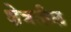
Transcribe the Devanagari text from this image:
क्षेत्रतील